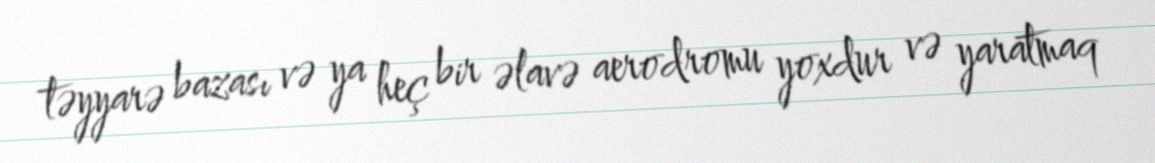
təyyarə bazası və ya heç bir əlavə aerodromu yoxdur və yaratmaq